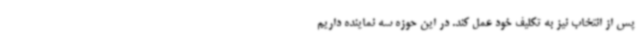
پس از انتخاب نیز به تکلیف خود عمل کند. در این حوزه سه نماینده داریم